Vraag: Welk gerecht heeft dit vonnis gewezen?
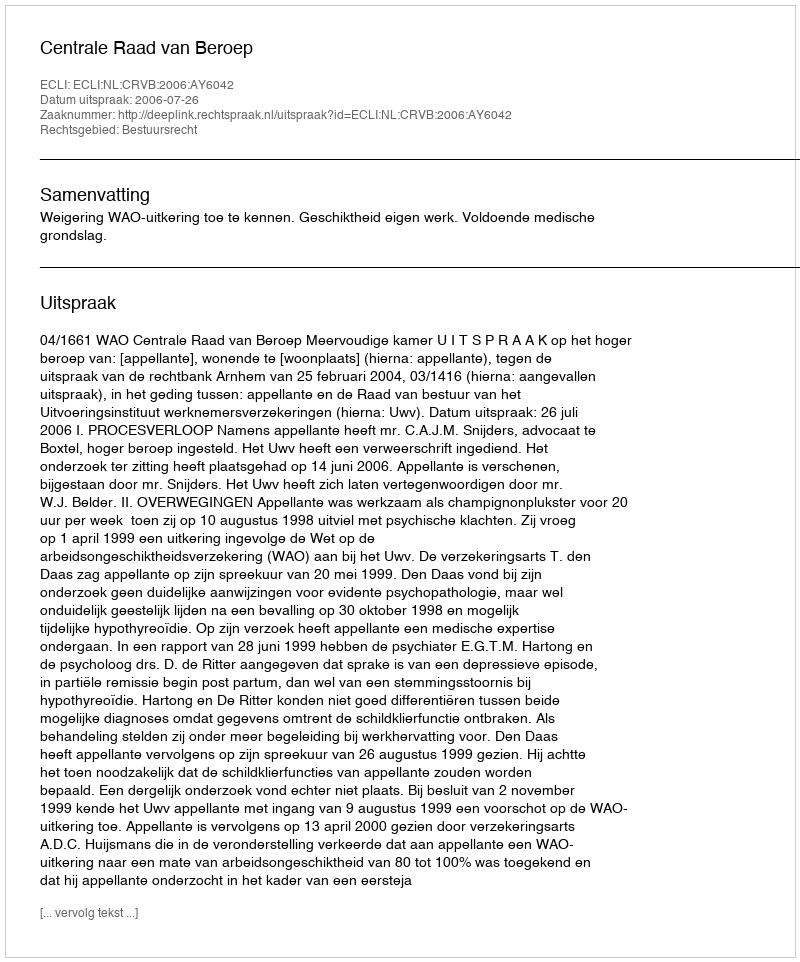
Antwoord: Centrale Raad van Beroep